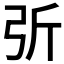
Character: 𢏂